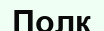
Полк